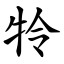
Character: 㸳